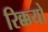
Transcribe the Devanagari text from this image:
रिक्कयो